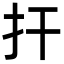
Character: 扞